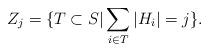
LaTeX: \begin{align*}Z_j = \{T \subset S|\sum_{i \in T} |H_i| = j\}. \end{align*}